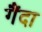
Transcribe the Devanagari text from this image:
गैंदा